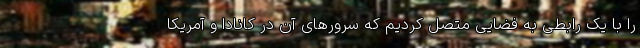
را با یک رابطی به فضایی متصل کردیم که سرورهای آن در کانادا و آمریکا